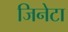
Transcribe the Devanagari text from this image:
जिनेटा